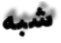
شبه